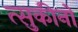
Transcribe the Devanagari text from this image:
त्सुकीनो